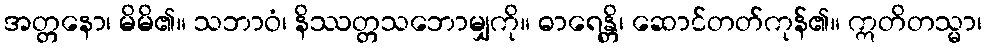
အတ္တနော၊ မိမိ၏။ သဘာဝံ၊ နိဿတ္တသဘောမျှကို။ ဓာရေန္တိ၊ ဆောင်တတ်ကုန်၏။ ဣတိတသ္မာ၊